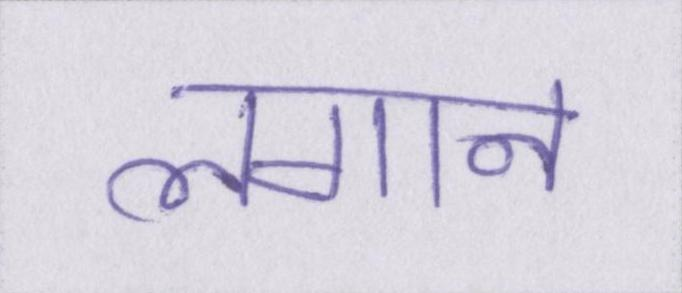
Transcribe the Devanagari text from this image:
लगान